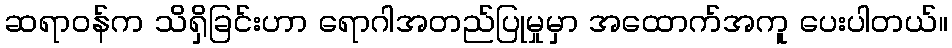
ဆရာဝန်က သိရှိခြင်းဟာ ရောဂါအတည်ပြုမှုမှာ အထောက်အကူ ပေးပါတယ်။